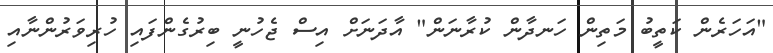
"އަހަރެން ކަތީބު މަތިން ހަނދާން ކުރާނަން" އާދަނަށް އިސް ޖެހުނީ ބިރުގެންފައި ހުރިވަރުންނާއި